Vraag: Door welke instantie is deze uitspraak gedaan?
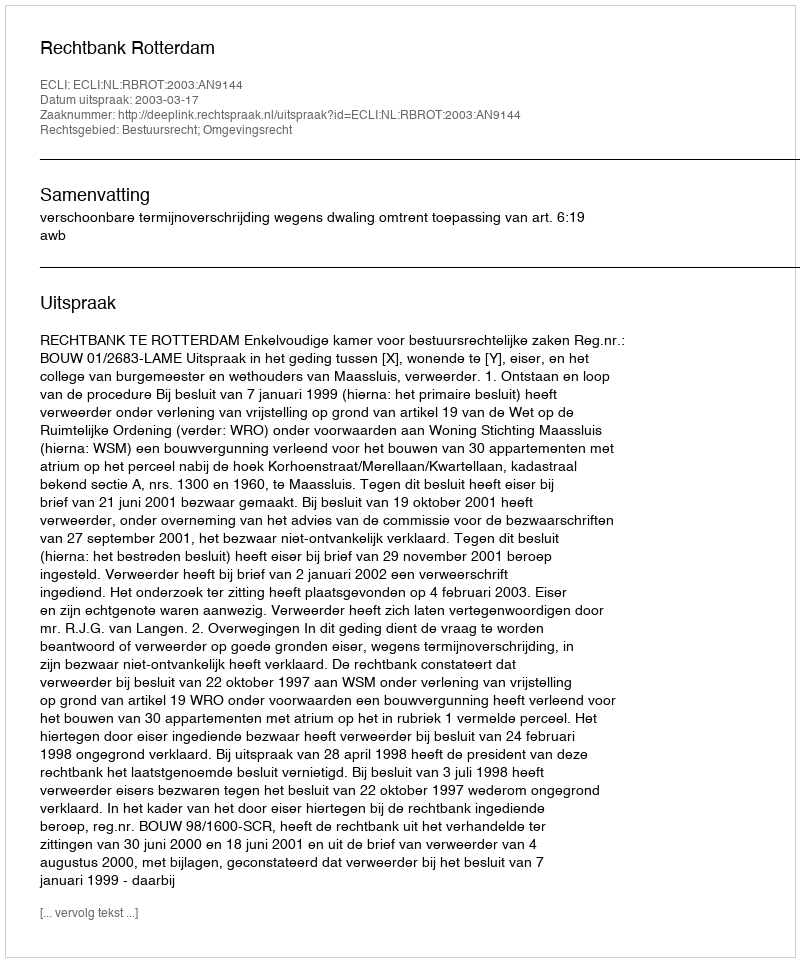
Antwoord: Rechtbank Rotterdam